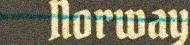
Norway